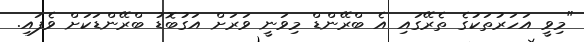
"މިވީ އަހަރުތަކުގެ ތެރޭގައި އެ ބްރޭންޑް މިވަނީ ވަރަށް އަގުބޮޑު ބްރޭންޑަކަށް ވެފައި.